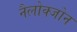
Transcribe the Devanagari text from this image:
नैलोक्जोन